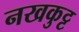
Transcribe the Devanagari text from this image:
नखकुट्ट